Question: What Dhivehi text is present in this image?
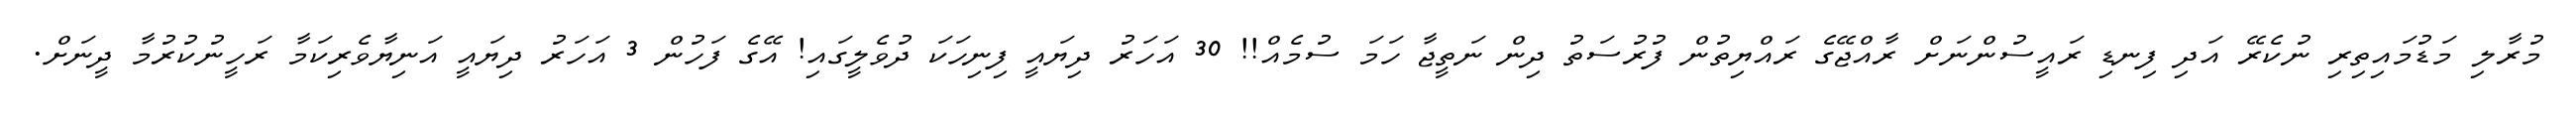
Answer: މުރާލި މަޑުމައިތިރި ނުކެރޭ އަދި ފިނޑި ރައީސުންނަށް ރާއްޖޭގެ ރައްޔިތުން ފުރުސަތު ދިން ނަތީޖާ ހަމަ ސުމެއް!! 30 އަހަރު ދިޔައީ ފިނިހަކަ ދުވެލީގައި! އޭގެ ފަހުން 3 އަހަރު ދިޔައީ އަނިޔާވެރިކަމާ ރަހީނުކުރުމާ ދީނަށް.